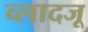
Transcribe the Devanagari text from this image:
व्लादजू